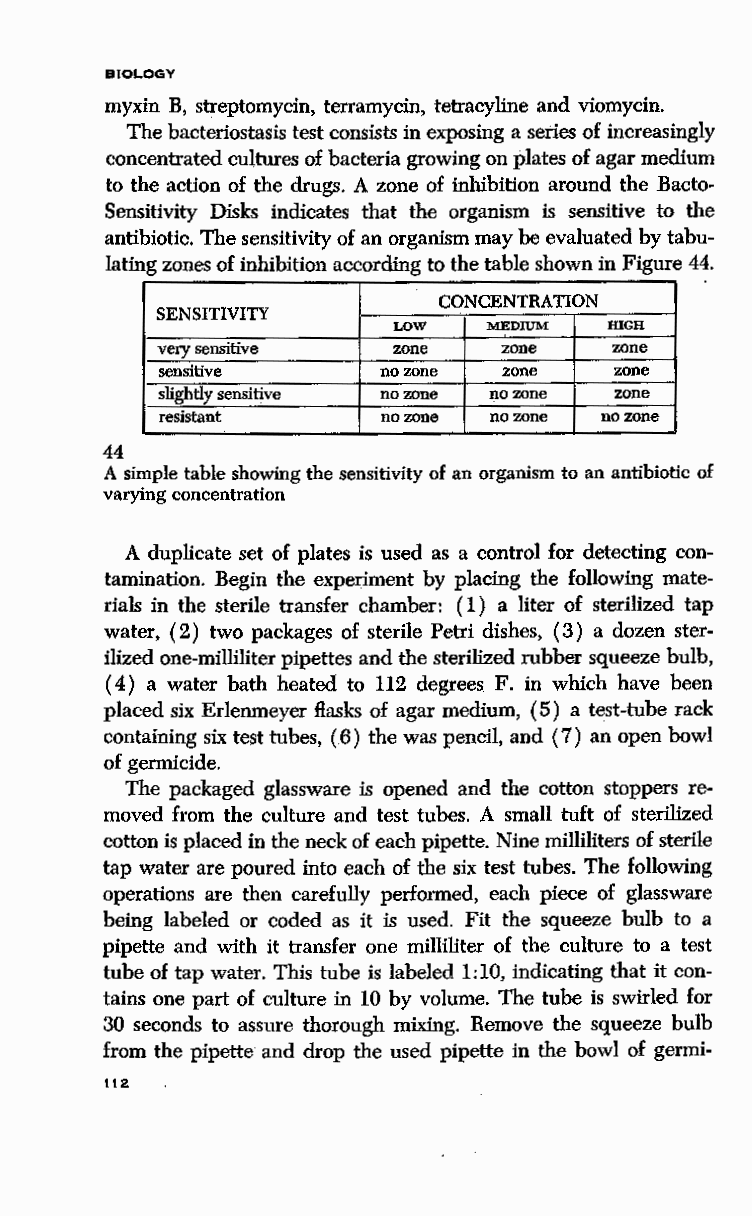
BIOLOGY
 myxin B, streptomycin, terramycin, tetracyline and viomycin.
 The bacteriostasis test consists in exposing a series of increasingly
 concentrated cultures of bacteria growing on plates of agar medium
 to the action of the drugs~ A zone of inhibition around the Bacto
 Sensitivity Disks indicates that the organism is sensitive to the
 antibiotic. The sensitivity of an organism may be evaluated by tabu
 lating zones of inhibition according to the table shown in Figure 44.
 CONCENTRATION
 SENSITIVITY
 LOW   MEDIUM  mea
 very sensitive  zone   zone    zone
 sensitive     no zone zone    zone
 slightly sensitive no zone no zone zone
 resistant     no zone no zone no zone
 44
 A simple table showing the sensitivity of an organism to an antibiotic of
 varying concentration
 A duplicate set of plates is used as a control for detecting con
 tamination. Begin the expedment by placing the following mate
 rials in the sterile transfer chamber: ( 1) a liter of sterilized tap
 water, ( 2) two packages of sterile Petri dishes, ( 3) a dozen ster
 ilized one-milliliter pipettes and the sterilized rubber squeeze bulb,
 ( 4) a water bath heated to 112 degrees F. in which have been
 placed six Erlenmeyer flasks of agar medium, ( 5) a test-tube rack
 containing six test tubes, (6) the was pencil, and (7) an open bowl
 of germicide.
 The packaged glassware is opened and the cotton stoppers re
 moved from the culture and test tubes. A small tuft of sterilized
 cotton is placed in the neck of each pipette. Nine milliliters of sterile
 tap water are poured into each of the six test tubes. The following
 operations are then carefully performed, each piece of glassware
 being labeled or coded as it is used. Fit the squeeze bulb to a
 pipette and with it transfer one milliliter of the culture to a test
 tube of tap water. This tube is labeled 1:10, indicating that it con
 tains one part of culture in 10 by volume. The tube is swirled for
 30 seconds to assure thorough mixing. Remove the squeeze bulb
 from the pipette and drop the used pipette in the bowl of germi-
 112